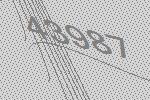
43987